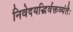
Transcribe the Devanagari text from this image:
निवेदयद्भिर्वक्तव्यंतैः